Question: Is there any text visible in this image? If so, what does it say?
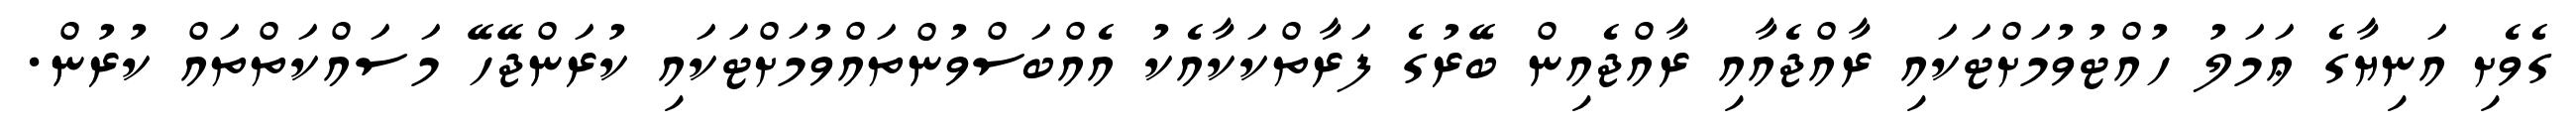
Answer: ގެވެށި އަނިޔާގެ ޢަމަލު ހުއްޓުވުމަށްޓަކައި ރާއްޖެއާއި ރާއްޖެއިން ބޭރުގެ ފަރާތްކަކާއެކު އެއްބަސްވުންތައްވުމަށްޓަކައި ކުރަންޖޭހޭ މަސައްކަތްތައް ކުރުން.